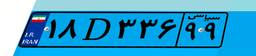
۱۸D۳۳۶۹۹